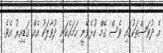
އެ ދުވަސްތަކުގައި ވެސް ގޭމް ކުޅެވޭނީ ހަމައެކަނި ދުވާލަކު އެއް ގަޑިއިރު އެވެ.